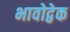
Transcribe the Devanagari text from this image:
भावोद्वेक